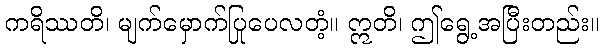
ကရိဿတိ၊ မျက်မှောက်ပြုပေလတံ့။ ဣတိ၊ ဤရွေ့အပြီးတည်း။